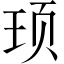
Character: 顼